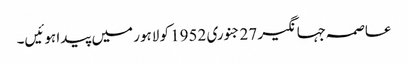
عاصمہ جہانگیر 27 جنوری 1952 کو لاہور میں پیدا ہوئیں۔